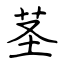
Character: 茎